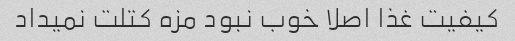
کیفیت غذا اصلا خوب نبود مزه کتلت نمیداد